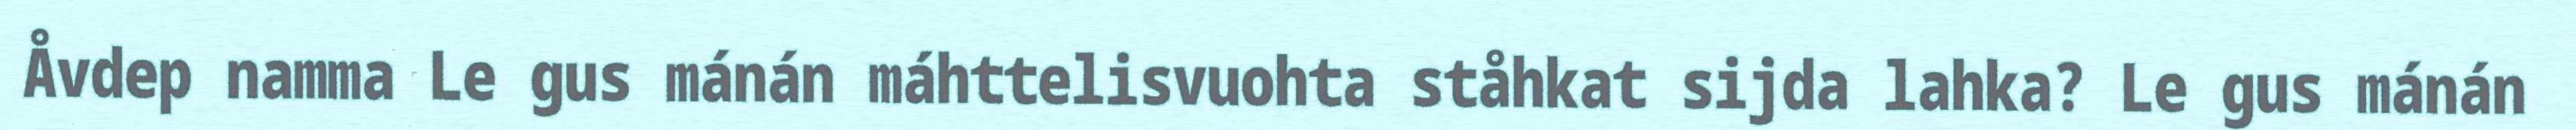
Åvdep namma Le gus mánán máhttelisvuohta ståhkat sijda lahka? Le gus mánán